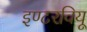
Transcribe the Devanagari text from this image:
इण्टरवियू